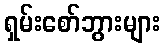
ရှမ်းစော်ဘွားများ